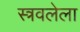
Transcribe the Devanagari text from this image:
स्त्रवलेला